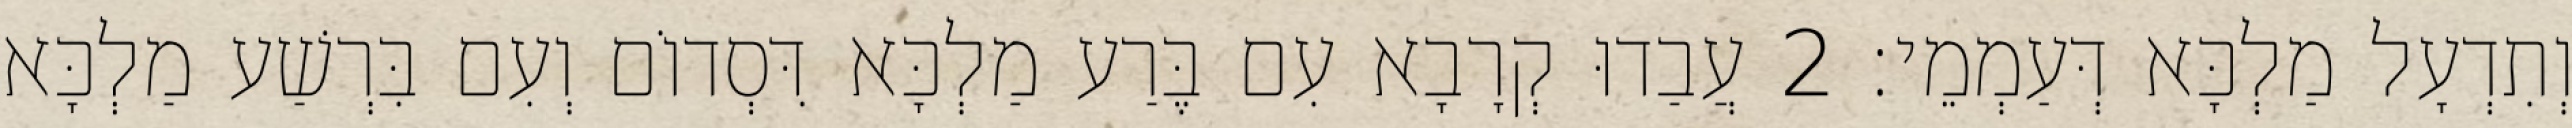
וְתִדְעָל מַלְכָּא דְּעַמְמֵי׃ 2 עֲבַדוּ קְרָבָא עִם בֶּרַע מַלְכָּא דִּסְדוֹם וְעִם בִּרְשַׁע מַלְכָּא